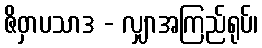
ဇိဝှာပသာဒ - လျှာအကြည်ရုပ်၊